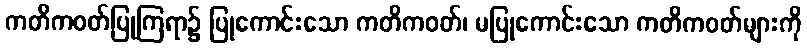
ကတိကဝတ်ပြုကြရာ၌ ပြုကောင်းသော ကတိကဝတ်၊ မပြုကောင်းသော ကတိကဝတ်များကို